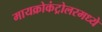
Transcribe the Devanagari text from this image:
मायक्रोकंट्रोलरमध्ये